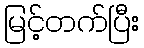
မြင့်တက်ပြီး